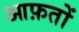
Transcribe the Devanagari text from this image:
आफ़तों